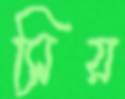
সিয়